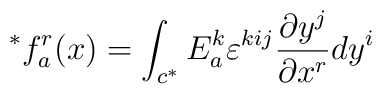
^{*}f_{a}^{r}(x) = \int_{c^{*}} E_{a}^{k} \varepsilon^{kij}\frac{\partial y^{j}}{\partial x^{r}} dy^{i}